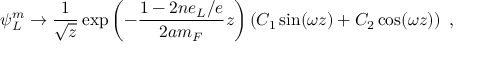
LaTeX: \psi _ { L } ^ { m } \to \frac { 1 } { \sqrt { z } } \exp \left( - \frac { 1 - 2 n e _ { L } / e } { 2 a m _ { F } } z \right) \left( C _ { 1 } \sin ( \omega z ) + C _ { 2 } \cos ( \omega z ) \right) ~ ,